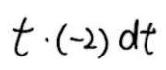
\(t\cdot(-2)\mathrm{d}t\)